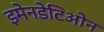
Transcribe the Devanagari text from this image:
इमेनडेटिओन